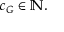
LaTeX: c _ { G } \in \mathbb { N } .